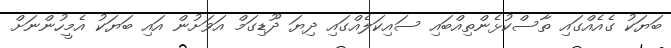
ބަޔަކު ގެއެއްގައި ތާސްކުޅެންތިއްބައި ސައިކަލެއްގައި ދިޔަ ދޫޑިގަމް އަވަށުން އައި ބަޔަކު އެމީހުންނަށް